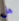
هل